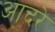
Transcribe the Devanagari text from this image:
आदरे